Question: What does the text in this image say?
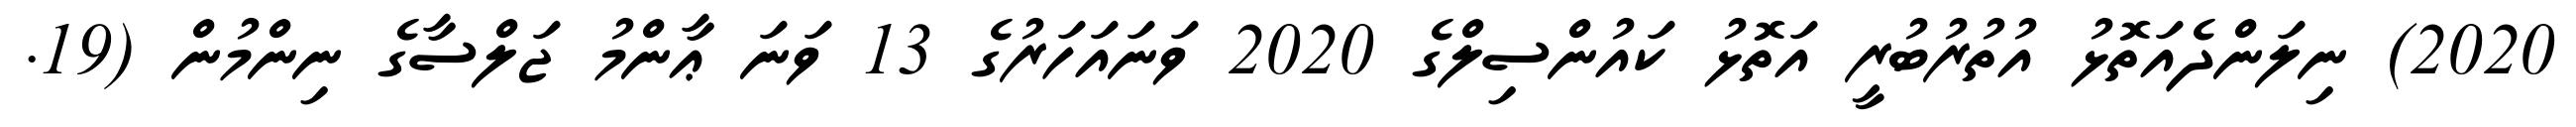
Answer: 2020) ނިލަންދެއަތޮޅު އުތުރުބުރީ އަތޮޅު ކައުންސިލްގެ 2020 ވަނައަހަރުގެ 13 ވަނަ ޢާންމު ޖަލްސާގެ ނިންމުން (19.